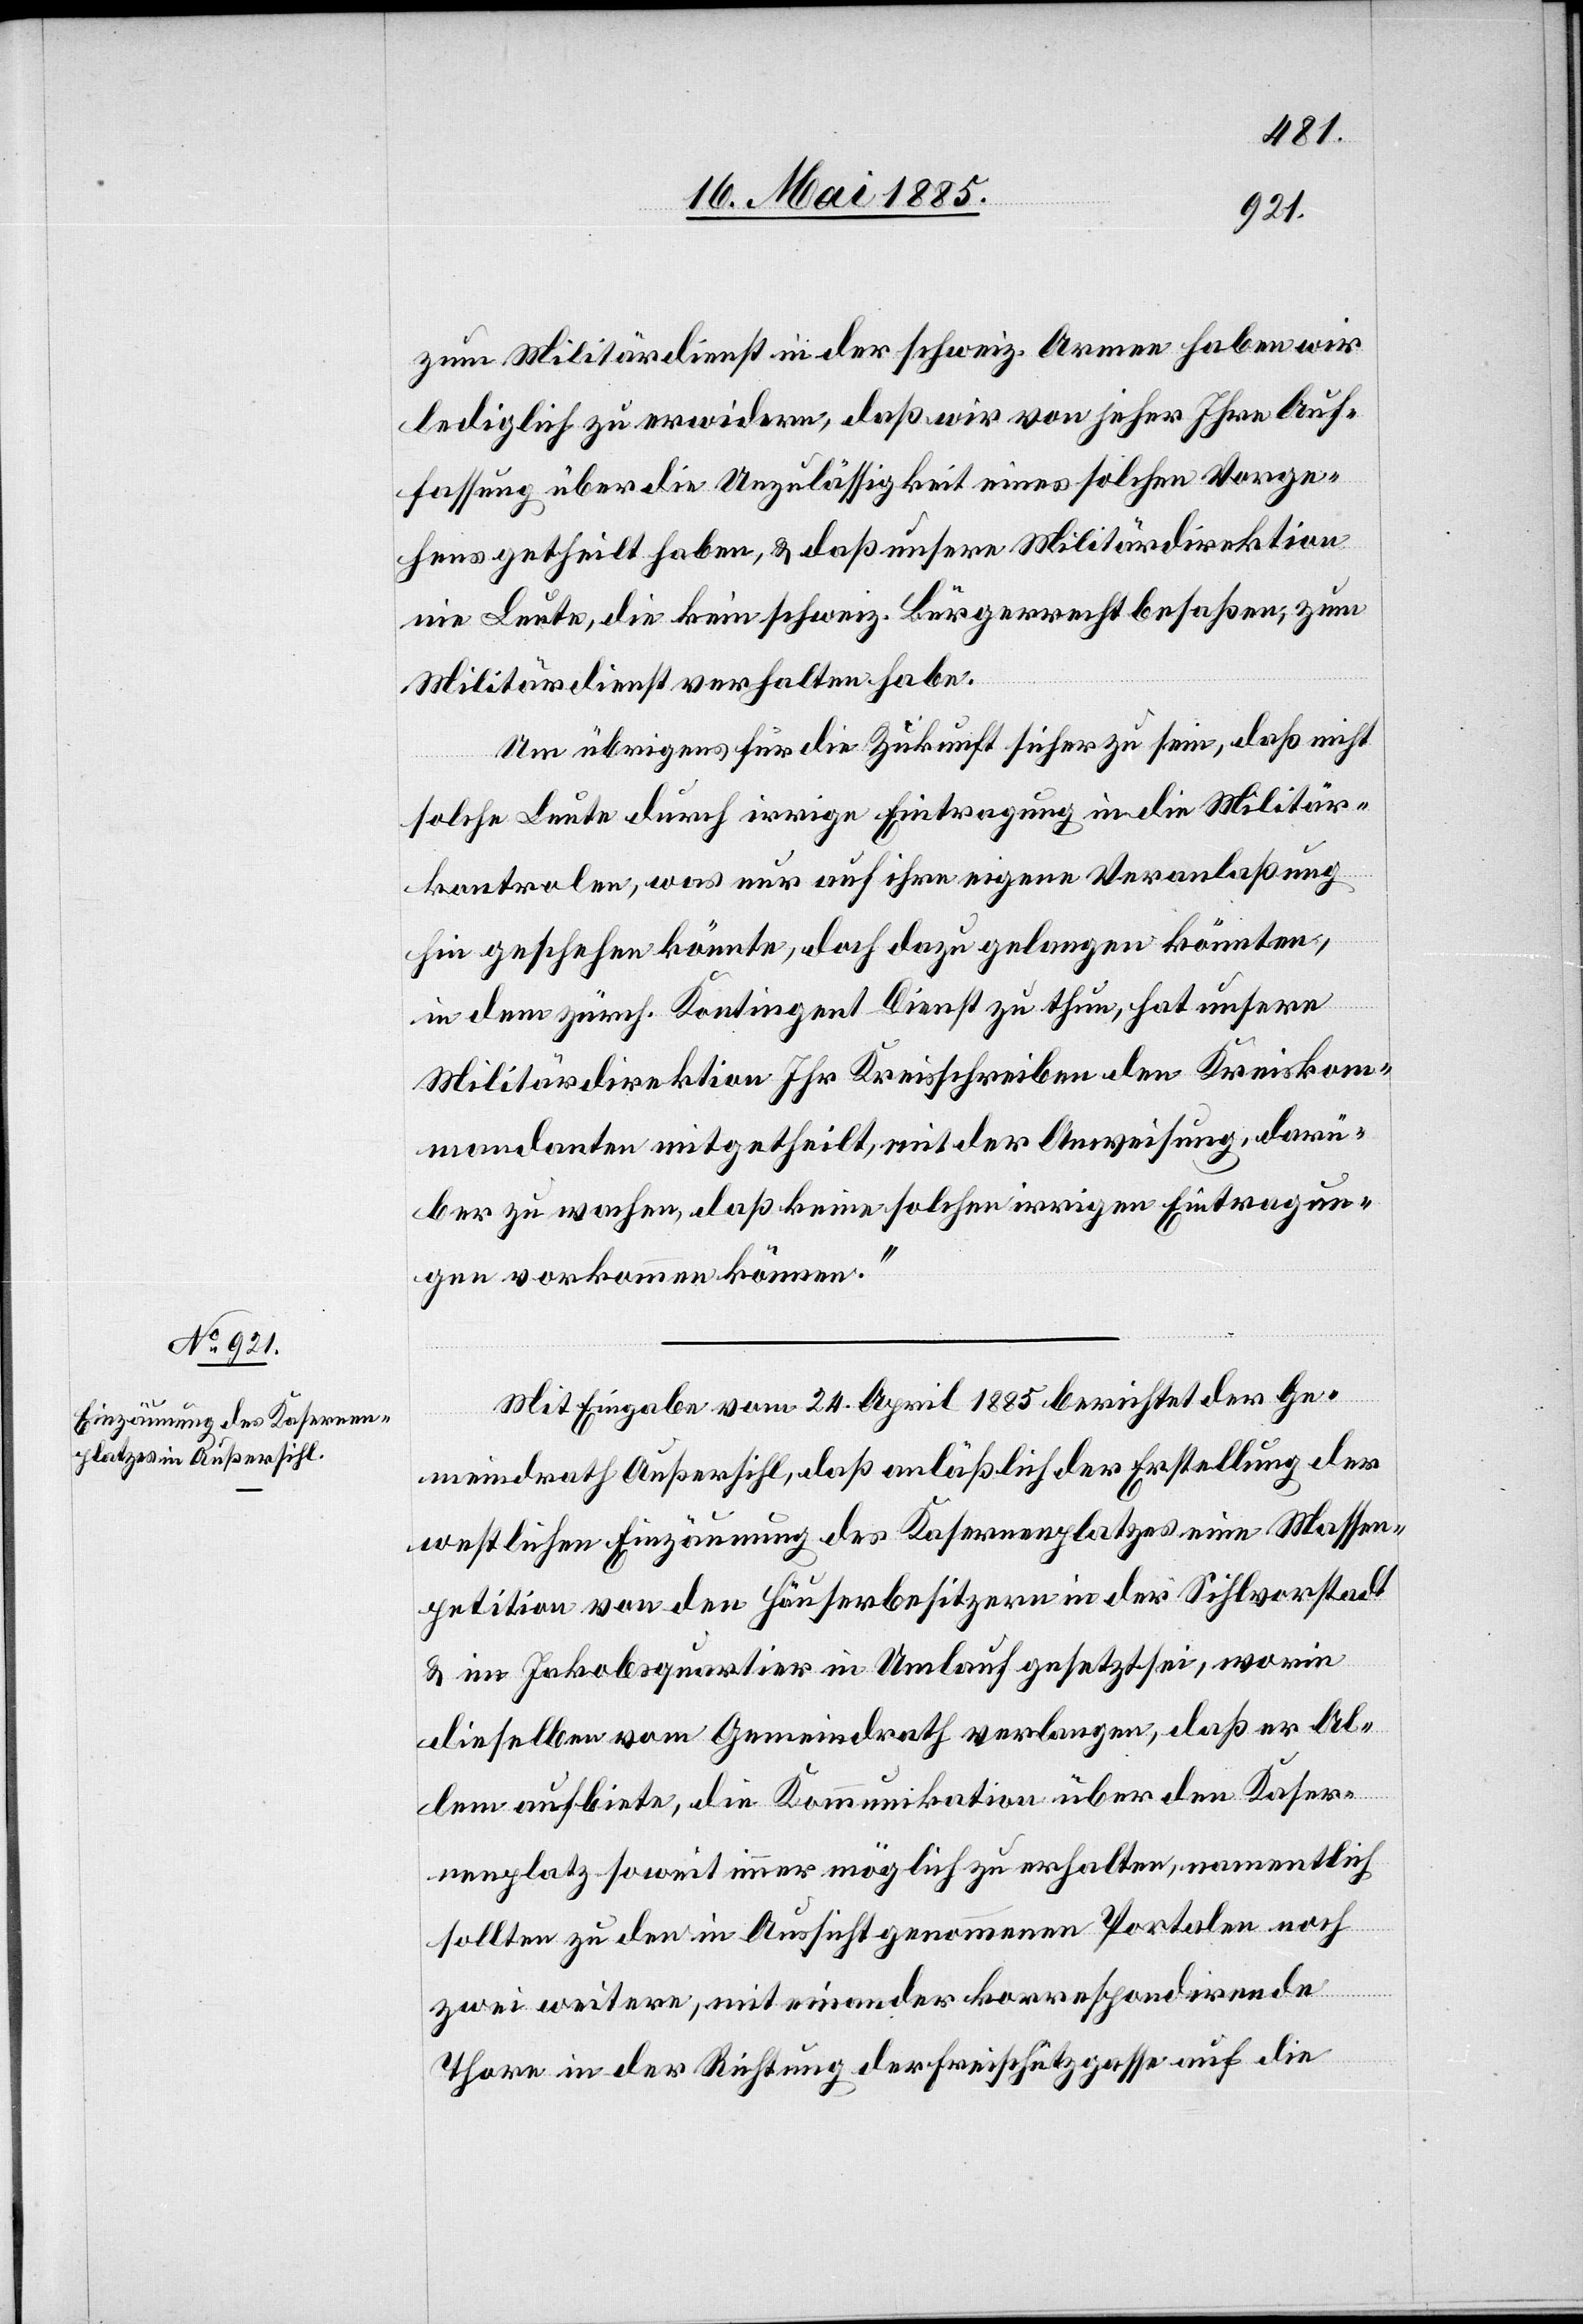
zum Militärdienst in der Schweiz. Armee haben wir
lediglich zu erwidern, daß wir von jeher Ihre Auf¬
fassung über die Unzulässigkeit eines solchen Vorge¬
hens getheilt haben, & daß unsere Militärdirektion
nie Leute, die kein schweiz. Bürgerrecht besaßen, zum
Militärdienst verhalten habe.
Um übrigens für die Zukunft sicher zu sein, daß nicht
solche Leute durch irrige Eintragung in die Militär¬
kontrolen, was nur auf ihre eigene Veranlaßung
hin geschehen könnte, doch dazu gelangen könnten,
in dem zürch. Kontingent Dienst zu thun, hat unsere
Militärdirektion Ihr Kreisschreiben den Kreiskom¬
mandanten mitgetheilt, mit der Anweisung, darü¬
ber zu wachen, daß keine solchen irrigen Eintragun¬
gen vorkommen können.“
Mit Eingabe vom 24. April 1885 berichtet der Ge¬
meindrath Außersihl, daß anläßlich der Erstellung der
westlichen Einzäunung des Kasernenplatzes eine Massen¬
petition von den Häuserbesitzern in der Sihlvorstadt
& im Jakobsquartier in Umlauf gesetzt sei, worin
dieselben vom Gemeindrath verlangen, daß er Al¬
lem aufbiete, die Kommunikation über den Kaser¬
nenplatz soweit immer möglich zu erhalten, namentlich
sollten zu den in Aussicht genommenen Portalen noch
zwei weitere, miteinander korrespondirende
Thore in der Richtung der Freischützgasse auf die